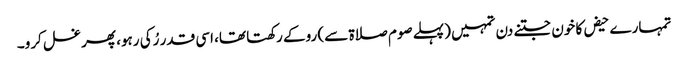
تمہارے حیض کا خون جتنے دن تمہیں (پہلے صوم صلاۃ سے) روکے رکھتا تھا، اسی قدر رُکی رہو، پھر غسل کرو۔